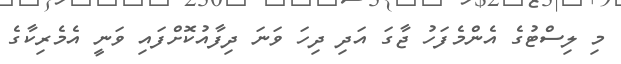
މި ލިސްޓުގެ އެންމެފަހު ޖާގަ އަދި ދިހަ ވަނަ ދިފާއުކޮށްފައި ވަނީ އެމެރިކާގެ